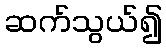
ဆက်သွယ်၍